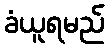
ခံယူရမည်